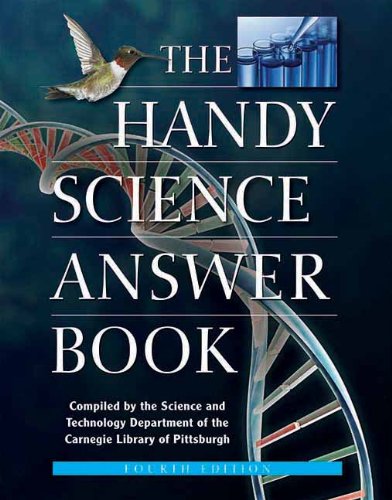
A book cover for The Handy Science Answer Book (The Handy Answer Book Series); Science & Math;